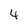
Character: 4